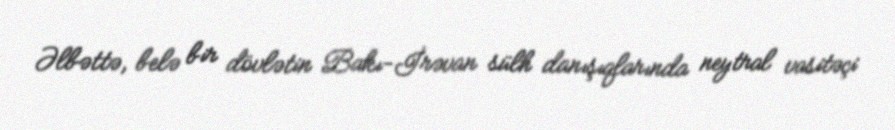
Əlbəttə, belə bir dövlətin Bakı-İrəvan sülh danışıqlarında neytral vasitəçi